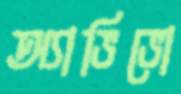
অ্যাভিভো